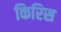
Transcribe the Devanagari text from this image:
किरिस